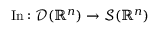
\operatorname { I n } : { \mathcal { D } } ( \mathbb { R } ^ { n } ) \to { \mathcal { S } } ( \mathbb { R } ^ { n } )